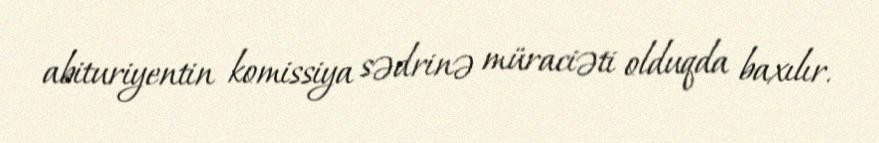
abituriyentin komissiya sədrinə müraciəti olduqda baxılır.